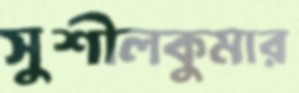
সুশীলকুমার